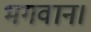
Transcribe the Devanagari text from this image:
भगवान।